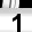
Digit: 1